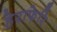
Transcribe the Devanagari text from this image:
हेराफेरि